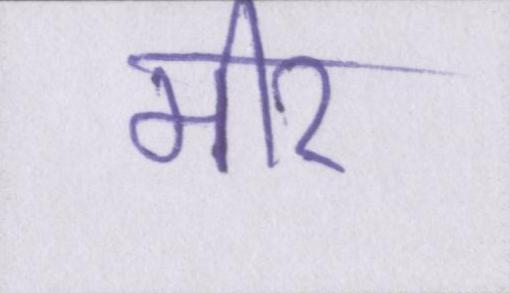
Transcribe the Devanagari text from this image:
मीर